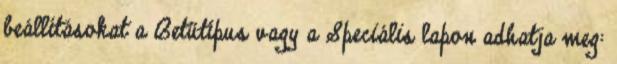
beállításokat a Betűtípus vagy a Speciális lapon adhatja meg: